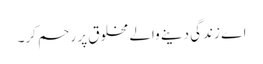
اے زندگی دینے والے مخلوق پر رحم کر۔